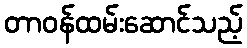
တာဝန်ထမ်းဆောင်သည့်